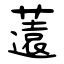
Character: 薳